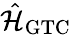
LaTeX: \hat{\mathcal{H}}_{\mathrm{GTC}}